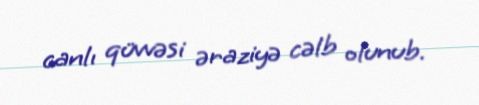
canlı qüvvəsi əraziyə cəlb olunub.